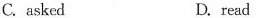
C.asked D.read